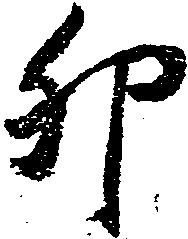
卯